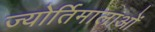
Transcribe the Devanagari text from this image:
ज्योर्तिमालाओं